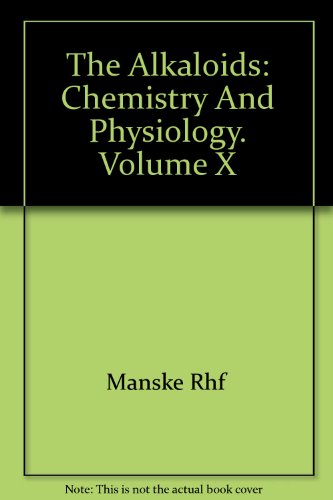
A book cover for The Alkaloids, Chemistry and Physiology, Volume X; Editor R. H. F. Manske; Science & Math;